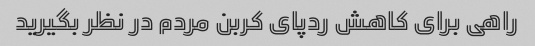
راهی برای کاهش ردپای کربن مردم در نظر بگیرید